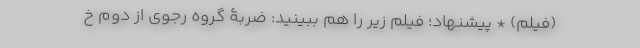
(فیلم) * پیشنهاد؛ فیلم‌ زیر را هم ببینید: ضربۀ گروه رجوی از دوم خ